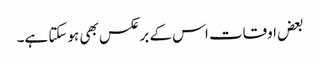
بعض اوقات اس کے برعکس بھی ہوسکتا ہے۔